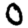
Digit: 0